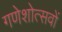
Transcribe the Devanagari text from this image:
गणेशोत्सवों